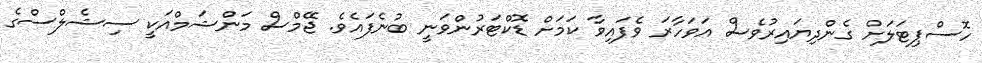
ހޮސްޕިޓަލަށް ގެންދިޔައިރުވެސް އަވަހާރަ ވެފައިވާ ކަމަށް ޑޮކްޓަރުންވަނީ ބުނެފައެވެ. ޖޭމްސް މަންޝަމްއަކީ ސިޝެލްސްގެ